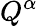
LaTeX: Q^{\alpha}